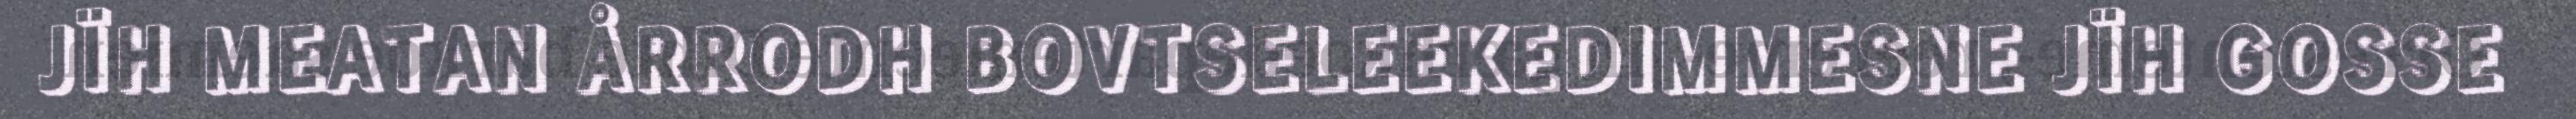
JÏH MEATAN ÅRRODH BOVTSELEEKEDIMMESNE JÏH GOSSE